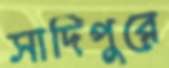
সাদিপুরে